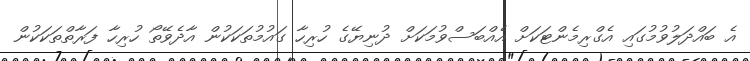
އެ ބައްދަލުވުމުގައި އެގްރިމެންޓަކަށް އެއްބަސްވުމަކަށް ދުނިޔޭގެ ހުރިހާ ގައުމުތަކަކުން އާދެވޭތޯ ހުރިހާ ފަރާތްތަކަކުން